Civil Veterinary Department. Central Provinces & Berar 1932-41 - 1932-1941
Year: 1932
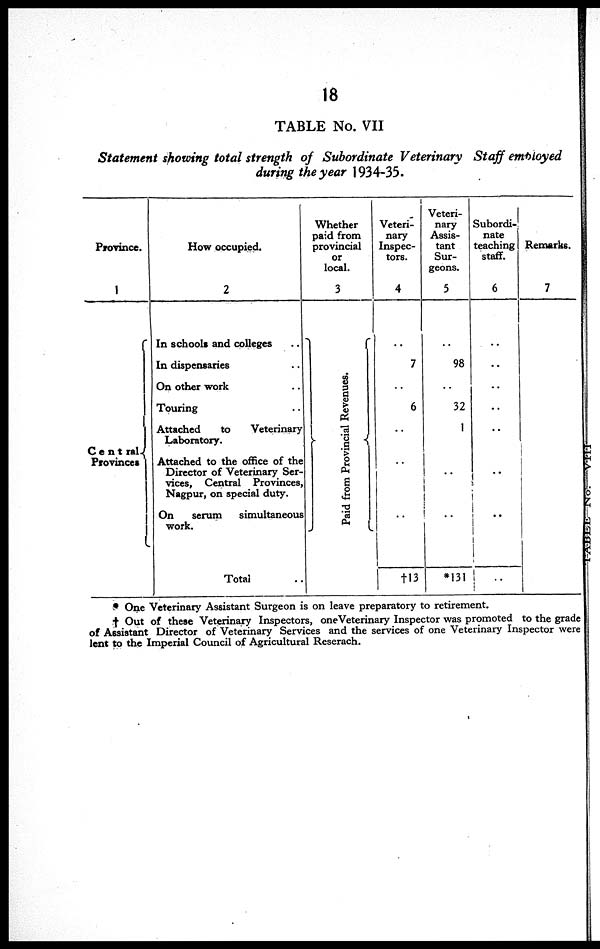
18
TABLE No. VII
Statement showing total strength of Subordinate Veterinary Staff employed
during the year 1934-35.
Province.
1
Central
Provinces
How occupied.
2
In schools and colleges ..
In dispensaries ..
On other work ..
Touring ..
Attached
to
Veterinary
Laboratory.
Attached to the office of the
Director of Veterinary Ser-
vices, Central Provinces,
Nagpur, on special duty.
On
serum
simultaneous
work.
Total ..
Whether
paid from
provincial
or
local.
3
Pai d f
r
om Pr o v i n c i a l Re ve nue s .
Veteri-
nary
Inspec-
tors.
4
..
7
..
6
..
..
..
†13
Veteri-
nary
Assis-
tant
Sur-
geons.
5
..
98
..
32
1
..
..
*131
Subordi-
nate
teaching
staff.
6
..
..
..
..
..
..
..
..
Remarks.
7
* One veterinary Assistant surgeon is on leave preparatory to retirement.
† Out of these Veterinary Inspectors, one Veterinary Inspector was promoted to the grade
of Assistant Director of Veterinary Services and the services of one Veterinary Inspector were
lent to the Imperial Council of Agricultural Reserach.